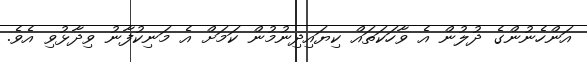
އަންހެނުންގެ ދުލުން އެ ވާހަކަތައް ކިޔައިދިނުމުން ކަމަށް އެ މަނިކުފާނު ވިދާޅުވި އެވެ.